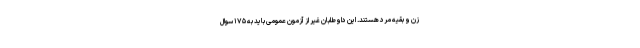
زن و بقیه مرد هستند. این داوطلبان غیر از آزمون عمومی باید به ۱۷۵ سوال